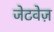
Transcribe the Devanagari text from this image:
जेटवेज़